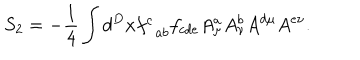
S _ { 2 } = - \frac { 1 } { 4 } \int d ^ { D } x f _ { \; \; a b } ^ { c } f _ { c d e } A _ { \mu } ^ { a } A _ { \nu } ^ { b } A ^ { d \mu } A ^ { e \nu } .